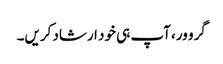
گرو ور، آپ ہی خود ارشاد کریں۔